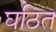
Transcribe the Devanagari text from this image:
घठित